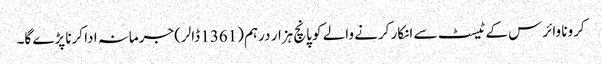
کرونا وائرس کے ٹیسٹ سے انکار کرنے والے کو پانچ ہزار درہم (1361 ڈالر) جرمانہ ادا کرنا پڑے گا۔